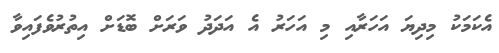
އެކަމަކު މިދިޔަ އަހަރާއި މި އަހަރު އެ އަދަދު ވަރަށް ބޮޑަށް އިތުރުވެފައިވާ